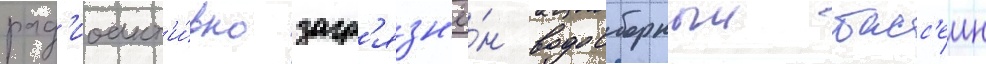
рад'иоакт'и́вно загр'язн'ё́н водосборныи басс'еин